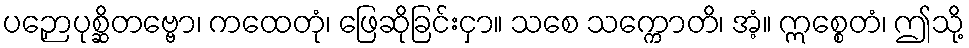
ပဉှောပုစ္ဆိတဗ္ဗော၊ ကထေတုံ၊ ဖြေဆိုခြင်းငှာ။ သစေ သက္ကောတိ၊ အံ့။ ဣစ္စေတံ၊ ဤသို့